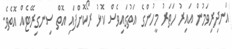
އަނދިރިވަމުން އައިރު ހަތަރު މީހުންގެ އަތުގައިވެސް ކޮޅު ރޯކޮށްފައި އޮތް ސިނގިރޭޓެއް އޮތެވެ.